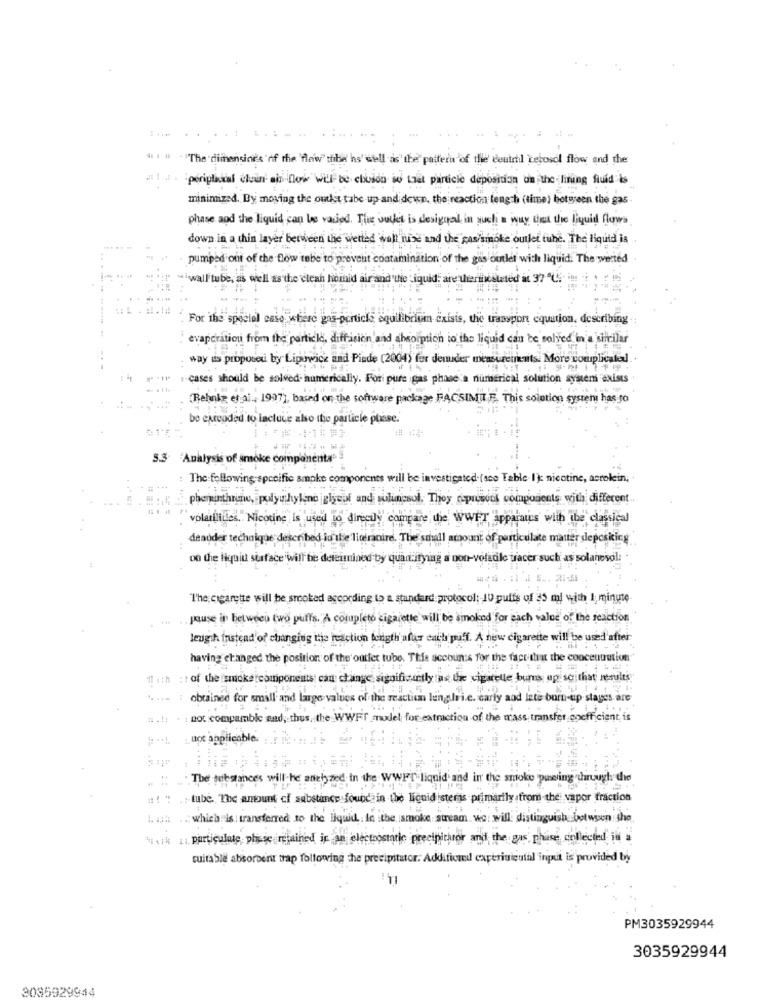
"The dimensing's'of the 'flow" thbe hs' well as the pattern of the coutrhl tehosol flow and the
#: 1 . . periglakial chain' ain flow Will be chuson so tout particle deposition on the lining fluid is
minimized. By moving the outlet tabe up and down, the reaction length (time) botseen the gas
phase and the liquid can be vaciod. The unket is desigual in such a way that the liquid flows
down in a thin layer between the werted wall rise and the pastsmoke outlet tube. The liquid is
pumped out of the flow tebe to prevent contamination of the gas outlet with liquidi The werted
" "" "iwall tube, as well as the clean homid air and
eLiquid. are thermicstated in 37 ℃.
For the special case where gas pertiche equilibrium exists, the transpon equation, describing
evapcratiou from the particle, diffusion and absormich io the liquid can be solved in a win-ilar
way us proposed by Lipowice and Pinde (2004) for denuder measurements. More complicated.
cases should be solved- numerically. Fori pure gas phase a numerical solution system exists
Behnke et al ., 1997), based on the software package FACSIMILE. This solution system has to
be extended to lactuce also the particle phase.
5.3 Analysis of smoke componenta
The following specific ampke components will be investigated.(see Table Ik nicotine, asrolein,
pheminthrine, polyethylene |glycol and solinncsol. They copresotk components with different
volatilides .. Nicotine is used lo directly compare the WWET apparats with the classical
deauder technique described iu the 'literacire. The small amount of particulate matter deposking
on the liquid surface will be determined by quantityiag a
a non-volatile tracer such as solanesol:
The cigarette will be smoked according to a standard protocol: JU puffs of 35 ml with I, minute
pause in between two puffs. A completo cigarette will be smoked for each value of the reaction
leugih Instead of changing the reaction length'afur cath puff. A new cigarette will be used after
having changed the position of the outlet tube. This accounts for the fact strat the conceuuution
Il ich : of the smokercomponents: can change significantly tas the cigarette burns ug soithat results
obtained for small and large values of the reaction lenger i.e. early and Inte born-up stages are
not compamble and, thus, the WWFT model for extraction of the mass transfer coefficient, is
not applicable.
The substances will he aneized in the WWFT-liquid and in the smoke pawing through the
#! " .- tube. The amount of substance foundain the liquid isters primarily from the vapor fraction
Tah which is transferred to the liquid; in the smoke stream we will distinguish between the
i. particulate plisse regained if an electrostatic precipitator and the gas phase collected in a
suitable absorbent trap following the precipitator. Addificmed caperisicutal input is provided by
PM3035929944
3035929944
3085929944